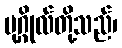
ပုဂ္ဂိုလ်တို့သည်၊